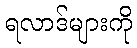
ရလာဒ်များကို